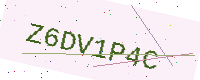
Text: Z6DV1P4C